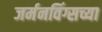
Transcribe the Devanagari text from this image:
जर्मनविंग्सच्या